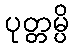
ပုတ္တမ္ပိ